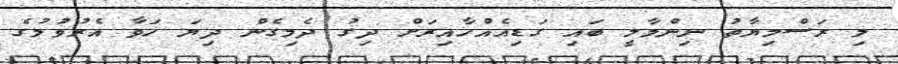
މި ރަސްމިޔާތު ނިންމާލީ ބައި ގަޑިއެއްހާއިރަށް ދިގު ދެމިގެން ދިޔަ ހަވާ އެރުވުމުގެ